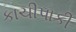
કાચીપાકી